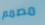
مصمم